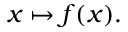
x \mapsto f ( x ) .